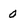
Character: 0